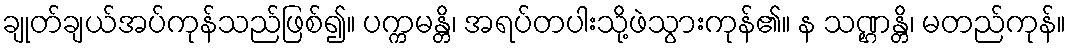
ချုတ်ချယ်အပ်ကုန်သည်ဖြစ်၍။ ပက္ကမန္တိ၊ အရပ်တပါးသို့ဖဲသွားကုန်၏။ န သဏ္ဌန္တိ၊ မတည်ကုန်။